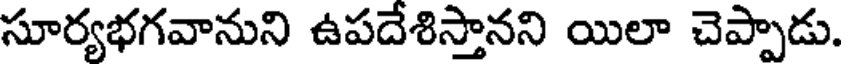
సూర్యభగవానుని ఉపదేశిస్తానని యిలా చెప్పాడు.